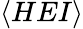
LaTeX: \langle HEI\rangle